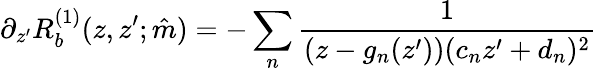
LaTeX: \partial_{z^{\prime}}R_{b}^{(1)}(z,z^{\prime};\hat{m})=-\sum_{n}\frac{1}{(z-g_{n}(z^{\prime}))(c_{n}z^{\prime}+d_{n})^{2}}